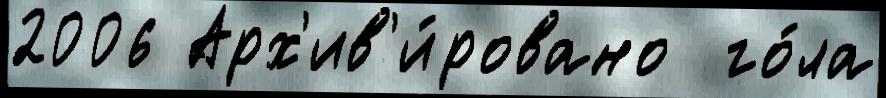
2006 Арх'ив'и́ровано  го́ла